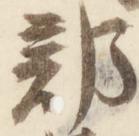
部